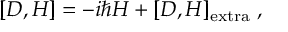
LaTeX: [ D , H ] = - i \hbar H + [ D , H ] _ { \mathrm { e x t r a } } \; ,